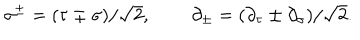
\sigma ^ { \pm } = ( \tau \pm \sigma ) / \sqrt { 2 } , \, \quad \quad \partial _ { \pm } = ( \partial _ { \tau } \pm \partial _ { \sigma } ) / \sqrt { 2 } .